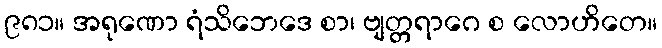
၉၈၁။ အရုဏော ရံသိဘေဒေ စာ၊ ဗျတ္တရာဂေ စ လောဟိတေ။